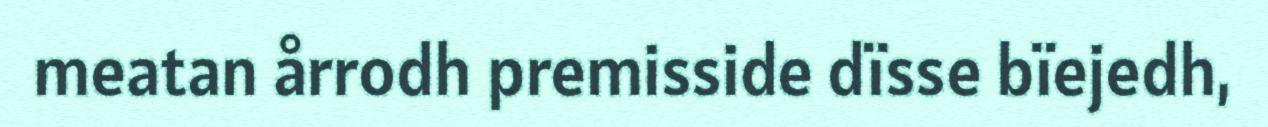
meatan årrodh premisside dïsse bïejedh,